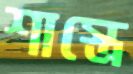
শাস্ত্রে